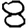
Digit: 8